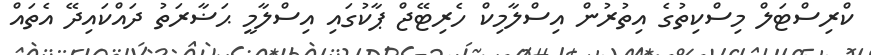
ކްރިސްޓަލް މިސްކިތުގެ އިތުރުން އިސްލާމިކް ހެރިޓޭޖް ޕާކުގައި އިސްލާމީ ޙަޟާރަތު ދައްކައިދޭ އެތައް